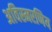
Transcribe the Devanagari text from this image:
अविस्मरणिय